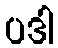
ပဒါ